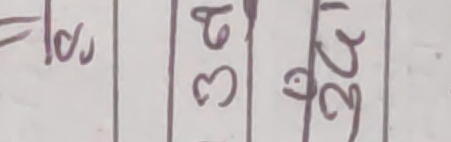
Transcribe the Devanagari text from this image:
१०२
३९
२४ी